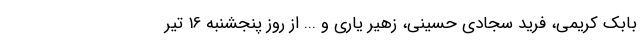
بابک کریمی، فرید سجادی حسینی، زهیر یاری و ... از روز پنجشنبه 16 تیر